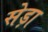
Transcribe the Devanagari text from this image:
सेड़ा